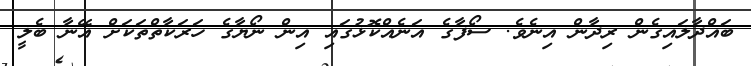
ބައްދާލައިގެން ރިދާން އިނެވެ. ސޯފާގެ އަނެއްކޮޅުގައި އިން ނޯޔާގެ ހަރަކާތްތަކަށް އޭނާ ބެލީ